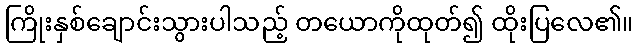
ကြိုးနှစ်ချောင်းသွားပါသည့် တယောကိုထုတ်၍ ထိုးပြလေ၏။